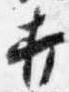
打